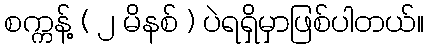
စက္ကန့် ( ၂ မိနစ် ) ပဲရရှိမှာဖြစ်ပါတယ်။